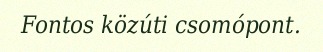
Fontos közúti csomópont.